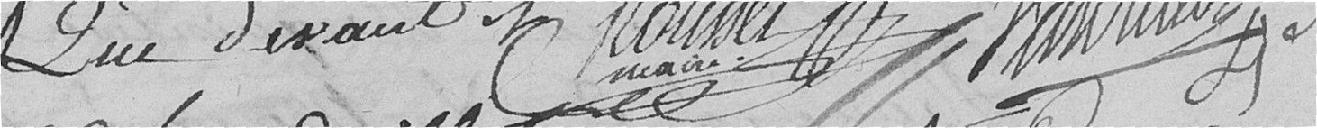
Que devant Roussel Vautrillon